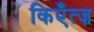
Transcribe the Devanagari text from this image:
किएँत्ज़